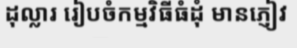
ដុល្លារ រៀបចំកម្មវិធីធំដុំ មានភ្ញៀវ